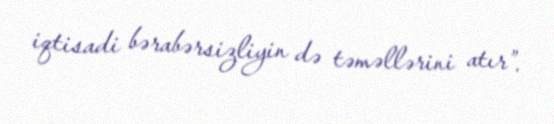
iqtisadi bərabərsizliyin də təməllərini atır”.